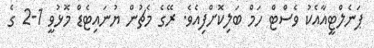
ޕަނެލްޓީއާއެކު ވެސްޓް ހަމް ބަލިކޮށްފިއެވެ. ރޭގެ މެޗުން ޔުނައިޓެޑް މޮޅުވީ 1-2 ގެ